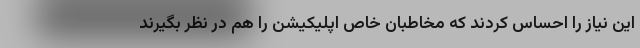
این نیاز را احساس کردند که مخاطبان خاص اپلیکیشن را هم در نظر بگیرند